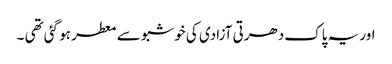
اور یہ پاک دھرتی آزادی کی خوشبو سے معطر ہو گئی تھی ۔